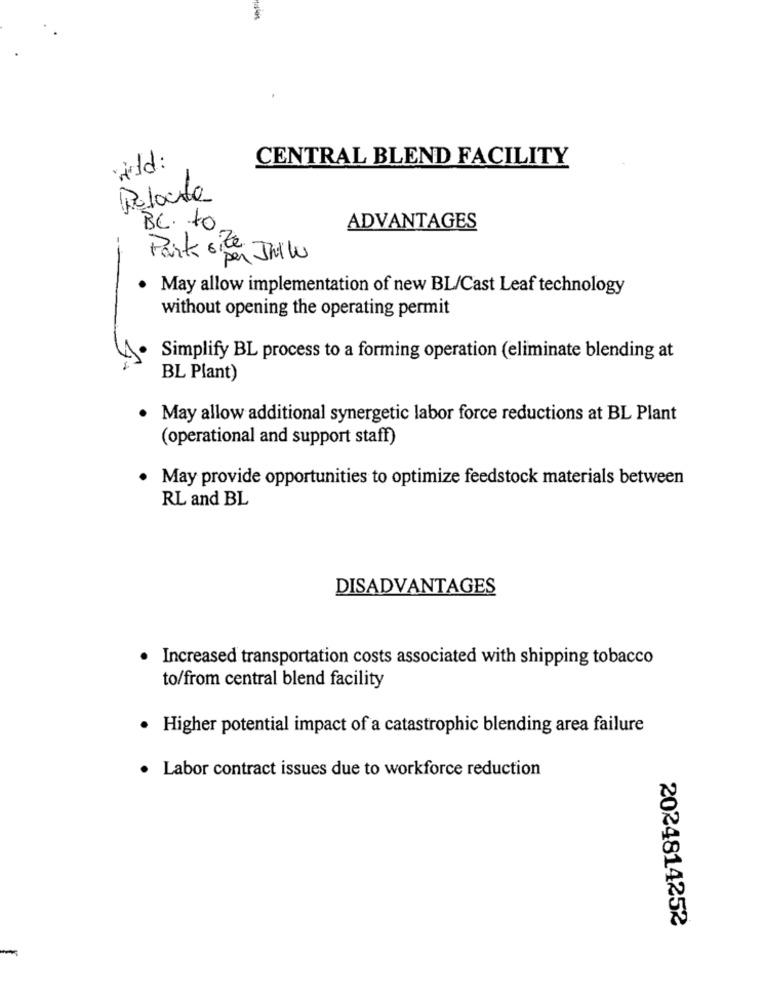
CENTRAL BLEND FACILITY
Polocta
BC. to
ADVANTAGES
Park site
Per Julle
May allow implementation of new BL/Cast Leaf technology
without opening the operating permit
Simplify BL process to a forming operation (eliminate blending at
BL Plant)
· May allow additional synergetic labor force reductions at BL Plant
(operational and support staff)
· May provide opportunities to optimize feedstock materials between
RL and BL
DISADVANTAGES
Increased transportation costs associated with shipping tobacco
to/from central blend facility
Higher potential impact of a catastrophic blending area failure
Labor contract issues due to workforce reduction
2024814252